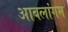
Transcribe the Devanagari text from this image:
आबलांगम